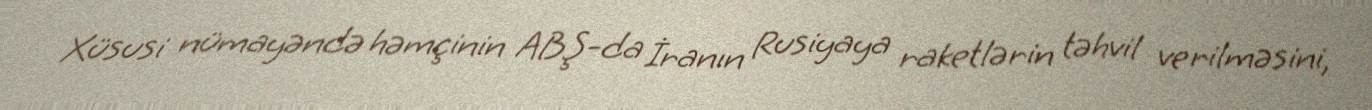
Xüsusi nümayəndə həmçinin ABŞ-da İranın Rusiyaya raketlərin təhvil verilməsini,